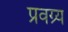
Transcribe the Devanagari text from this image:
प्रवग्र्य